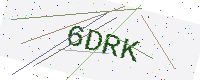
Text: 6DRK